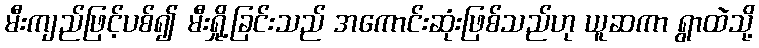
မီးကျည်ဖြင့်ပစ်၍ မီးရှို့ခြင်းသည် အကောင်းဆုံးဖြစ်သည်ဟု ယူဆကာ ရွာထဲသို့